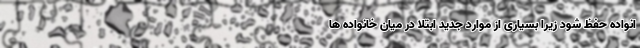
انواده حفظ شود زیرا بسیاری از موارد جدید ابتلا در میان خانواده ها